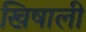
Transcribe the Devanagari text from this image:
खिषाली